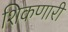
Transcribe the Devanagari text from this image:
शिकणारी